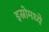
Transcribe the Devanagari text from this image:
इस्रोमध्ये